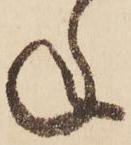
ね